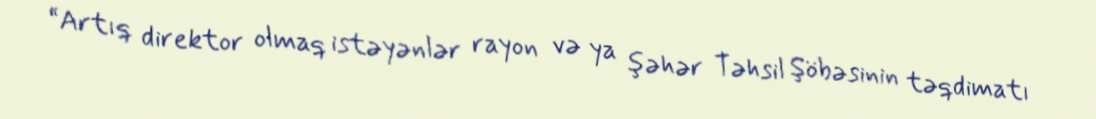
“Artıq direktor olmaq istəyənlər rayon və ya şəhər Təhsil Şöbəsinin təqdimatı